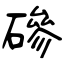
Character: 磣